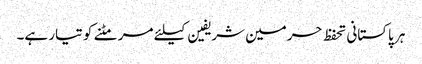
ہر پاکستانی تحفظ حرمین شریفین کیلئے مر مٹنے کو تیار ہے۔